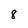
Character: 8